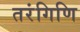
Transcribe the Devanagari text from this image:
तरंगिणि